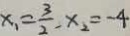
x _ { 1 } = \frac { 3 } { 2 } , x _ { 2 } = - 4